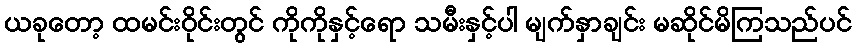
ယခုတော့ ထမင်းဝိုင်းတွင် ကိုကိုနှင့်ရော သမီးနှင့်ပါ မျက်နှာချင်း မဆိုင်မိကြသည်ပင်